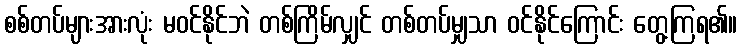
စစ်တပ်များအားလုံး မဝင်နိုင်ဘဲ တစ်ကြိမ်လျှင် တစ်တပ်မျှသာ ဝင်နိုင်ကြောင်း တွေ့ကြရ၏။